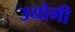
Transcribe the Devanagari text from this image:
उयोगी